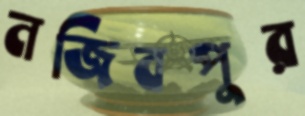
নজিবপুর